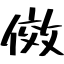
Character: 傚